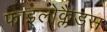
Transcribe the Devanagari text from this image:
फाइलोक्लैडस